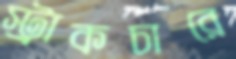
স্ট্রাকচারে